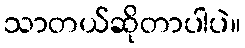
သာတယ်ဆိုတာပါပဲ။